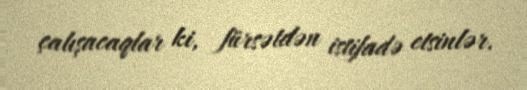
çalışacaqlar ki, fürsətdən istifadə etsinlər.